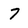
Character: 7